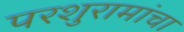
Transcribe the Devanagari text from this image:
परशुरामांचा